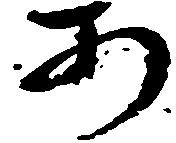
あ